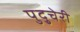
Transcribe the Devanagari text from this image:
पुदु्चेरी